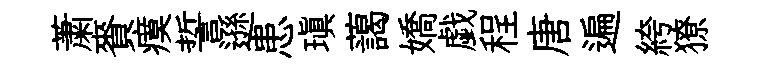
䔥賚瘼誓遜患瑱藹嬌戯程唐遍絝獠